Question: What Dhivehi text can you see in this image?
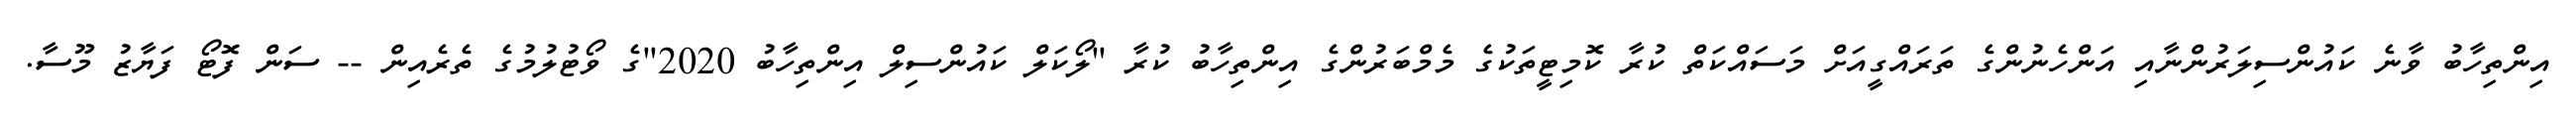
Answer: އިންތިހާބު ވާނެ ކައުންސިލަރުންނާއި އަންހެނުންގެ ތަރައްގީއަށް މަސައްކަތް ކުރާ ކޮމިޓީތަކުގެ މެމްބަރުންގެ އިންތިހާބު ކުރާ "ލޯކަލް ކައުންސިލް އިންތިހާބު 2020"ގެ ވޯޓުލުމުގެ ތެރެއިން -- ސަން ފޮޓޯ ފަޔާޒު މޫސާ.